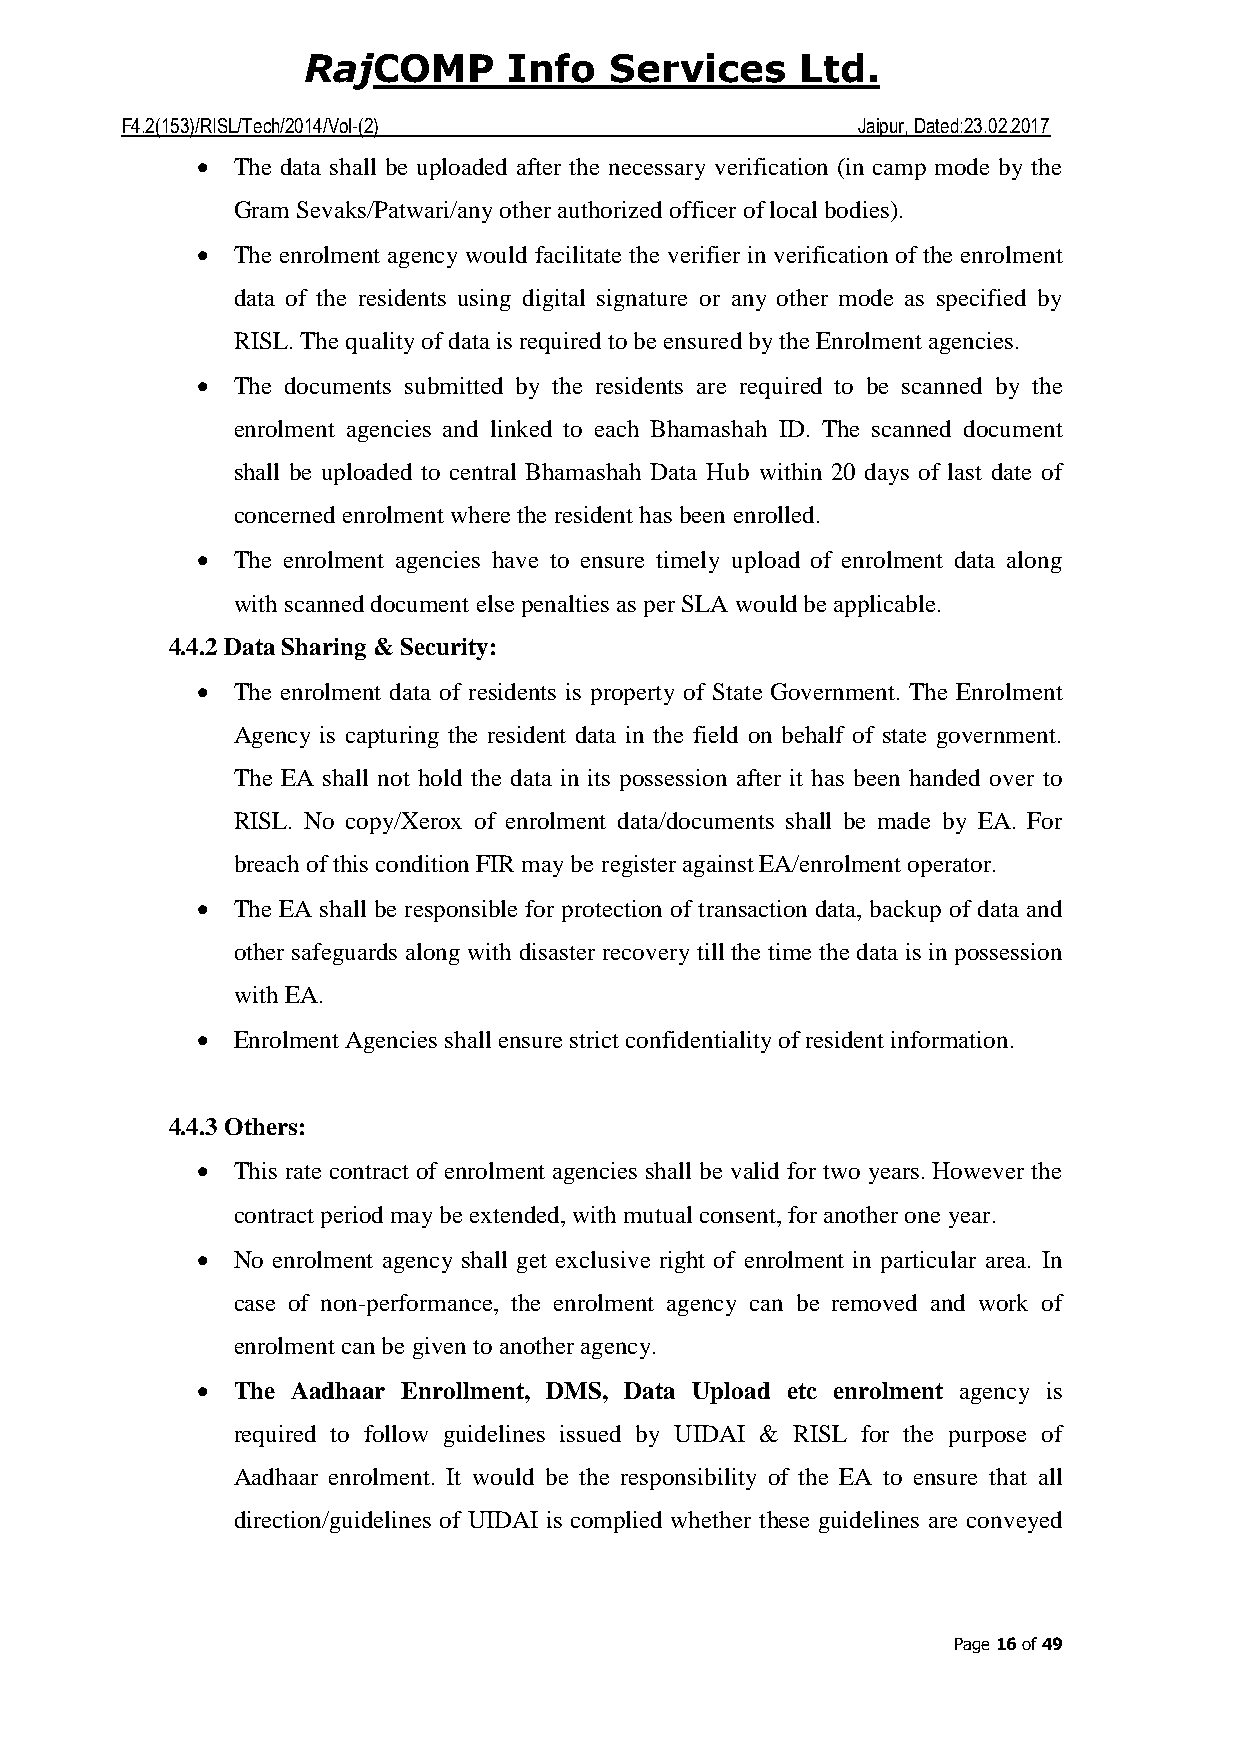
COMP     Info  Services     Ltd.
 Raj
 F4.2(153)/RISL/Tech/2014/Vol-(2)                 Jaipur, Dated:23.02.2017
 • The data shall be uploaded after the necessary verification (in camp mode by the
 Gram Sevaks/Patwari/any other authorized officer of local bodies).
 • The enrolment agency would facilitate the verifier in verification of the enrolment
 data of the residents using digital signature or any other mode as specified by
 RISL. The quality of data is required to be ensured by the Enrolment agencies.
 • The documents submitted by the residents are required to be scanned by the
 enrolment agencies and linked to each Bhamashah ID. The scanned document
 shall be uploaded to central Bhamashah Data Hub within 20 days of last date of
 concerned enrolment where the resident has been enrolled.
 • The enrolment agencies have to ensure timely upload of enrolment data along
 with scanned document else penalties as per SLA would be applicable.
 4.4.2 Data Sharing & Security:
 • The enrolment data of residents is property of State Government. The Enrolment
 Agency is capturing the resident data in the field on behalf of state government.
 The EA shall not hold the data in its possession after it has been handed over to
 RISL. No copy/Xerox of enrolment data/documents shall be made by EA. For
 breach of this condition FIR may be register against EA/enrolment operator.
 • The EA shall be responsible for protection of transaction data, backup of data and
 other safeguards along with disaster recovery till the time the data is in possession
 with EA.
 • Enrolment Agencies shall ensure strict confidentiality of resident information.
 4.4.3 Others:
 • This rate contract of enrolment agencies shall be valid for two years. However the
 contract period may be extended, with mutual consent, for another one year.
 • No enrolment agency shall get exclusive right of enrolment in particular area. In
 case of non-performance, the enrolment agency can be removed and work of
 enrolment can be given to another agency.
 • The Aadhaar Enrollment, DMS, Data Upload etc enrolment agency is
 required to follow guidelines issued by UIDAI & RISL for the purpose of
 Aadhaar enrolment. It would be the responsibility of the EA to ensure that all
 direction/guidelines of UIDAI is complied whether these guidelines are conveyed
 Page 16 of 49